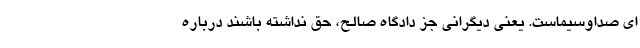
ای صداوسیماست‌. یعنی دیگرانی جز دادگاه صالح، حق نداشته باشند درباره